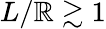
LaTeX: L/\mathbb{R}\gtrsim1